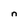
Character: n